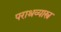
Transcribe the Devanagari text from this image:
पराश्रव्यास्त्र